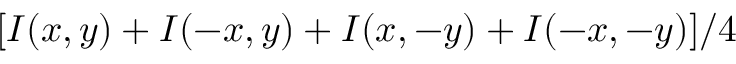
[ I ( x , y ) + I ( - x , y ) + I ( x , - y ) + I ( - x , - y ) ] / 4